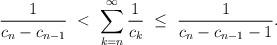
LaTeX: \begin{align*}\frac{1}{c_{n}-c_{n-1}} \ < \ \sum_{k = n}^{\infty} \frac{1}{c_{k}}\ \leq\ \frac{1}{c_{n}-c_{n-1}-1}.\end{align*}